Lunatic asylums Madras 1892-1911 - 1892-1911
Year: 1892
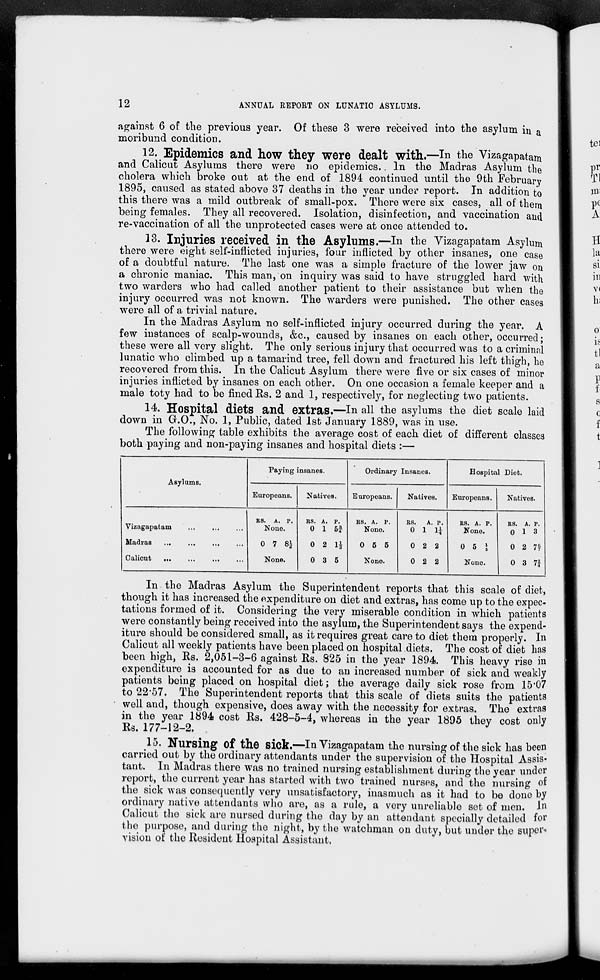
12
ANNUAL REPORT ON LUNATIC ASYLUMS.
against 6 of the previous year. Of these 3 were received into the asylum in a
moribund condition.
12. Epidemics and how they were dealt with.—In the Vizagapatam
and Calicut Asylums there were no epidemics.. In the Madras Asylum the
cholera which broke out at the end of 1894 continued until the 9th February
1895, caused as stated above 37 deaths in the year under report. In addition to
this there was a mild outbreak of small-pox. There were six cases, all of them
being females. They all recovered. Isolation, disinfection, and vaccination and
re-vaccination of all the unprotected cases were at once attended to.
13. Injuries received in the Asylums.—In the Vizagapatam Asylum
there were eight self-inflicted injuries, four inflicted by other insanes, one case
of a doubtful nature. The last one was a simple fracture of the lower jaw on
a chronic maniac. This man, on inquiry was said to have struggled hard with
two warders who had called another patient to their assistance but when the
injury occurred was not known. The warders were punished. The other cases
were all of a trivial nature.
In the Madras Asylum no self-inflicted injury occurred during the year. A
few instances of scalp-wounds, &c, caused by insanes on each other, occurred;
these were all very slight. The only serious injury that occurred was to a criminal
lunatic who climbed up a tamarind tree, fell down and fractured his left thigh, he
recovered from this. In the Calicut Asylum there were five or six cases of minor
injuries inflicted by insanes on each other. On one occasion a female keeper and a
male toty had to be fined Us. 2 and 1, respectively, for neglecting two patients.
14. Hospital diets and extras.—In all the asylums the diet scale laid
down in G.O., No. 1, Public, dated 1st January 1889, was in use.
The following table exhibits the average cost of each diet of different classes
both paying and non-paying insanes and hospital diets :—
Asylums.
Paying i nsanes.
Ordinary Insanes.
Hospital Diet.
Europeans.
Natives.
Europeans.
Natives.
Europeans.
Natives.
RS. A. P.
RS. A. P.
RS. A. P.
RS.
A. p.
RS. A. P.
RS. A. P.
Vizagapatam
None.
0 1 5f
None.
0 1 If
None.
0 1 3
Madras
...
0 7 8£
0 2 H
0 5 5
0 2 2
0 5 I
0 2 7f
Calicut
...
None.
0 3 5
None.
0 2 2
None.
0 3 7f
In the Madras Asylum the Superintendent reports that this scale of diet,
though it has increased the expenditure on diet and extras, has come up to the expec-
tations formed of it. Considering the very miserable condition in which patients
were constantly being received into the asylum, the Superintendent says the expend-
iture should be considered small, as it requires great care to diet them properly. In
Calicut all weekly patients have been placed on hospital diets. The cost of diet has
been high, Rs. 2,051-3-6 against Rs. 825 in the year 1894. This heavy rise in
expenditure is accounted for as due to an increased number of sick and weakly
patients being placed on hospital diet; the average daily sick rose from 15*07
to 22'57. The Superintendent reports that this scale of diets suits the patients
well and, though expensive, does away with the necessity for extras. The extras
in the year 1894 cost Rs. 428-5-4, whereas in the year 1895 they cost only
Rs. 177-12-2. .
15. Nursing of the sick.—In Vizagapatam the nursing of the sick has been
carried out by the ordinary attendants under the supervision of the Hospital Assis-
tant. In Madras there was no trained nursing establishment during the year under
report, the current year has started with two trained nurses, and the nursing of
the sick was consequently very unsatisfactory, inasmuch as it had to be done by
ordinary native attendants who are, as a rule, a very unreliable set of men. In
Calicut the sick are nursed during the day by an attendant specially detailed for
the purpose, and during the night, by the watchman on duty, but under the supei'*
vision of the Resident Hospital Assistant,